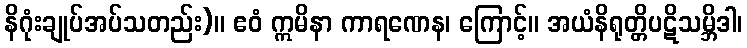
နိဂုံးချုပ်အပ်သတည်း)။ ဧဝံ ဣမိနာ ကာရဏေန၊ ကြောင့်။ အယံနိရုတ္တိပဋိသမ္ဘိဒါ၊